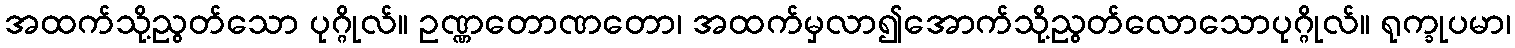
အထက်သို့ညွတ်သော ပုဂ္ဂိုလ်။ ဥဏ္ဏတောဏတော၊ အထက်မှလာ၍အောက်သို့ညွတ်လောသောပုဂ္ဂိုလ်။ ရုက္ခုပမာ၊